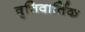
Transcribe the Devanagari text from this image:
वृत्तिवार्तिक